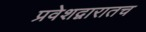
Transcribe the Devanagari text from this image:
प्रवेशद्वारातच